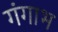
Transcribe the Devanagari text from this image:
गंगाभ